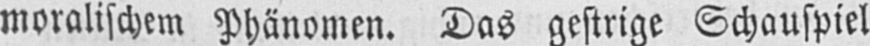
moralischem Phänomen. Das gestrige Schauspiel